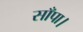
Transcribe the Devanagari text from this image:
साँपा।